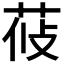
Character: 𦰞